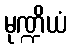
မုဏ္ဍိယံ